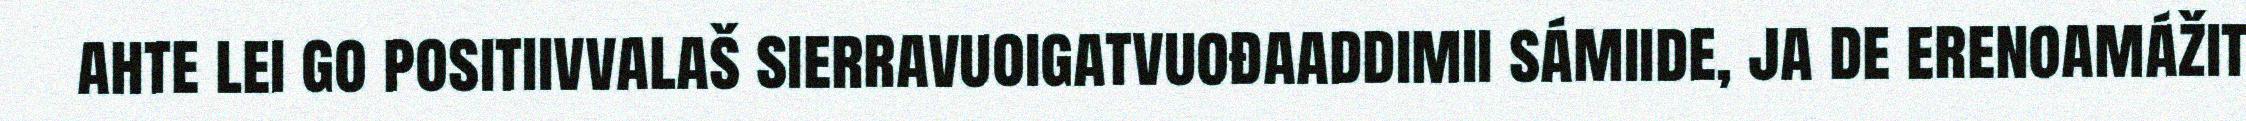
ahte lei go positiivvalaš sierravuoigatvuođaaddimii sámiide, ja de erenoamážit